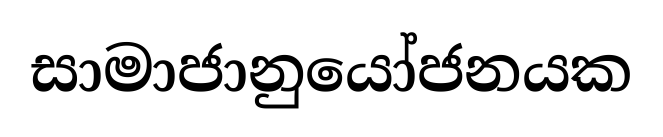
සාමාජානුයෝජනයක